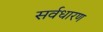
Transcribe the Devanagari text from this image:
सर्वधारण